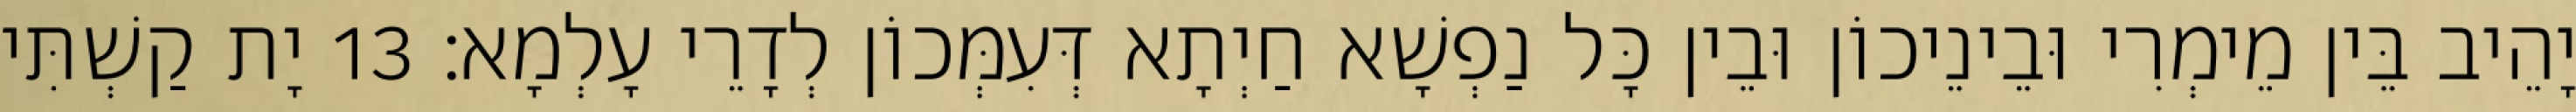
יָהֵיב בֵּין מֵימְרִי וּבֵינֵיכוֹן וּבֵין כָּל נַפְשָׁא חַיְתָא דְּעִמְּכוֹן לְדָרֵי עָלְמָא׃ 13 יָת קַשְׁתִּי